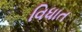
વિધાત